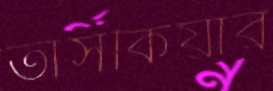
তাসকিয়ার